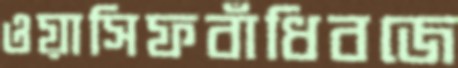
ওয়াসিফবাঁধিবজে